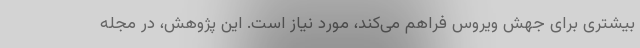
بیشتری برای جهش ویروس فراهم می‌کند، مورد نیاز است. این پژوهش، در مجله